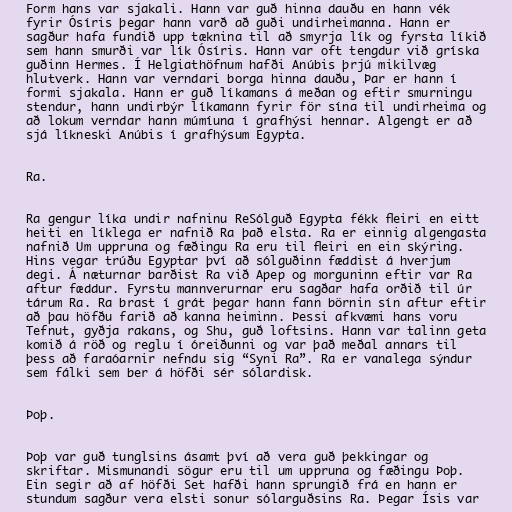
Form hans var sjakali. Hann var guð hinna dauðu en hann vék
fyrir Ósíris þegar hann varð að guði undirheimanna. Hann er
sagður hafa fundið upp tæknina til að smyrja lík og fyrsta líkið
sem hann smurði var lík Ósíris. Hann var oft tengdur við gríska
guðinn Hermes. Í Helgiathöfnum hafði Anúbis þrjú mikilvæg
hlutverk. Hann var verndari borga hinna dauðu, Þar er hann í
formi sjakala. Hann er guð líkamans á meðan og eftir smurningu
stendur, hann undirbýr líkamann fyrir för sína til undirheima og
að lokum verndar hann múmíuna í grafhýsi hennar. Algengt er að
sjá líkneski Anúbis í grafhýsum Egypta.

Ra.

Ra gengur líka undir nafninu ReSólguð Egypta fékk fleiri en eitt
heiti en líklega er nafnið Ra það elsta. Ra er einnig algengasta
nafnið Um uppruna og fæðingu Ra eru til fleiri en ein skýring.
Hins vegar trúðu Egyptar því að sólguðinn fæddist á hverjum
degi. Á næturnar barðist Ra við Apep og morguninn eftir var Ra
aftur fæddur. Fyrstu mannverurnar eru sagðar hafa orðið til úr
tárum Ra. Ra brast í grát þegar hann fann börnin sín aftur eftir
að þau höfðu farið að kanna heiminn. Þessi afkvæmi hans voru
Tefnut, gyðja rakans, og Shu, guð loftsins. Hann var talinn geta
komið á röð og reglu í óreiðunni og var það meðal annars til
þess að faraóarnir nefndu sig “Syni Ra”. Ra er vanalega sýndur
sem fálki sem ber á höfði sér sólardisk.

Þoþ.

Þoþ var guð tunglsins ásamt því að vera guð þekkingar og
skriftar. Mismunandi sögur eru til um uppruna og fæðingu Þoþ.
Ein segir að af höfði Set hafði hann sprungið frá en hann er
stundum sagður vera elsti sonur sólarguðsins Ra. Þegar Ísis var